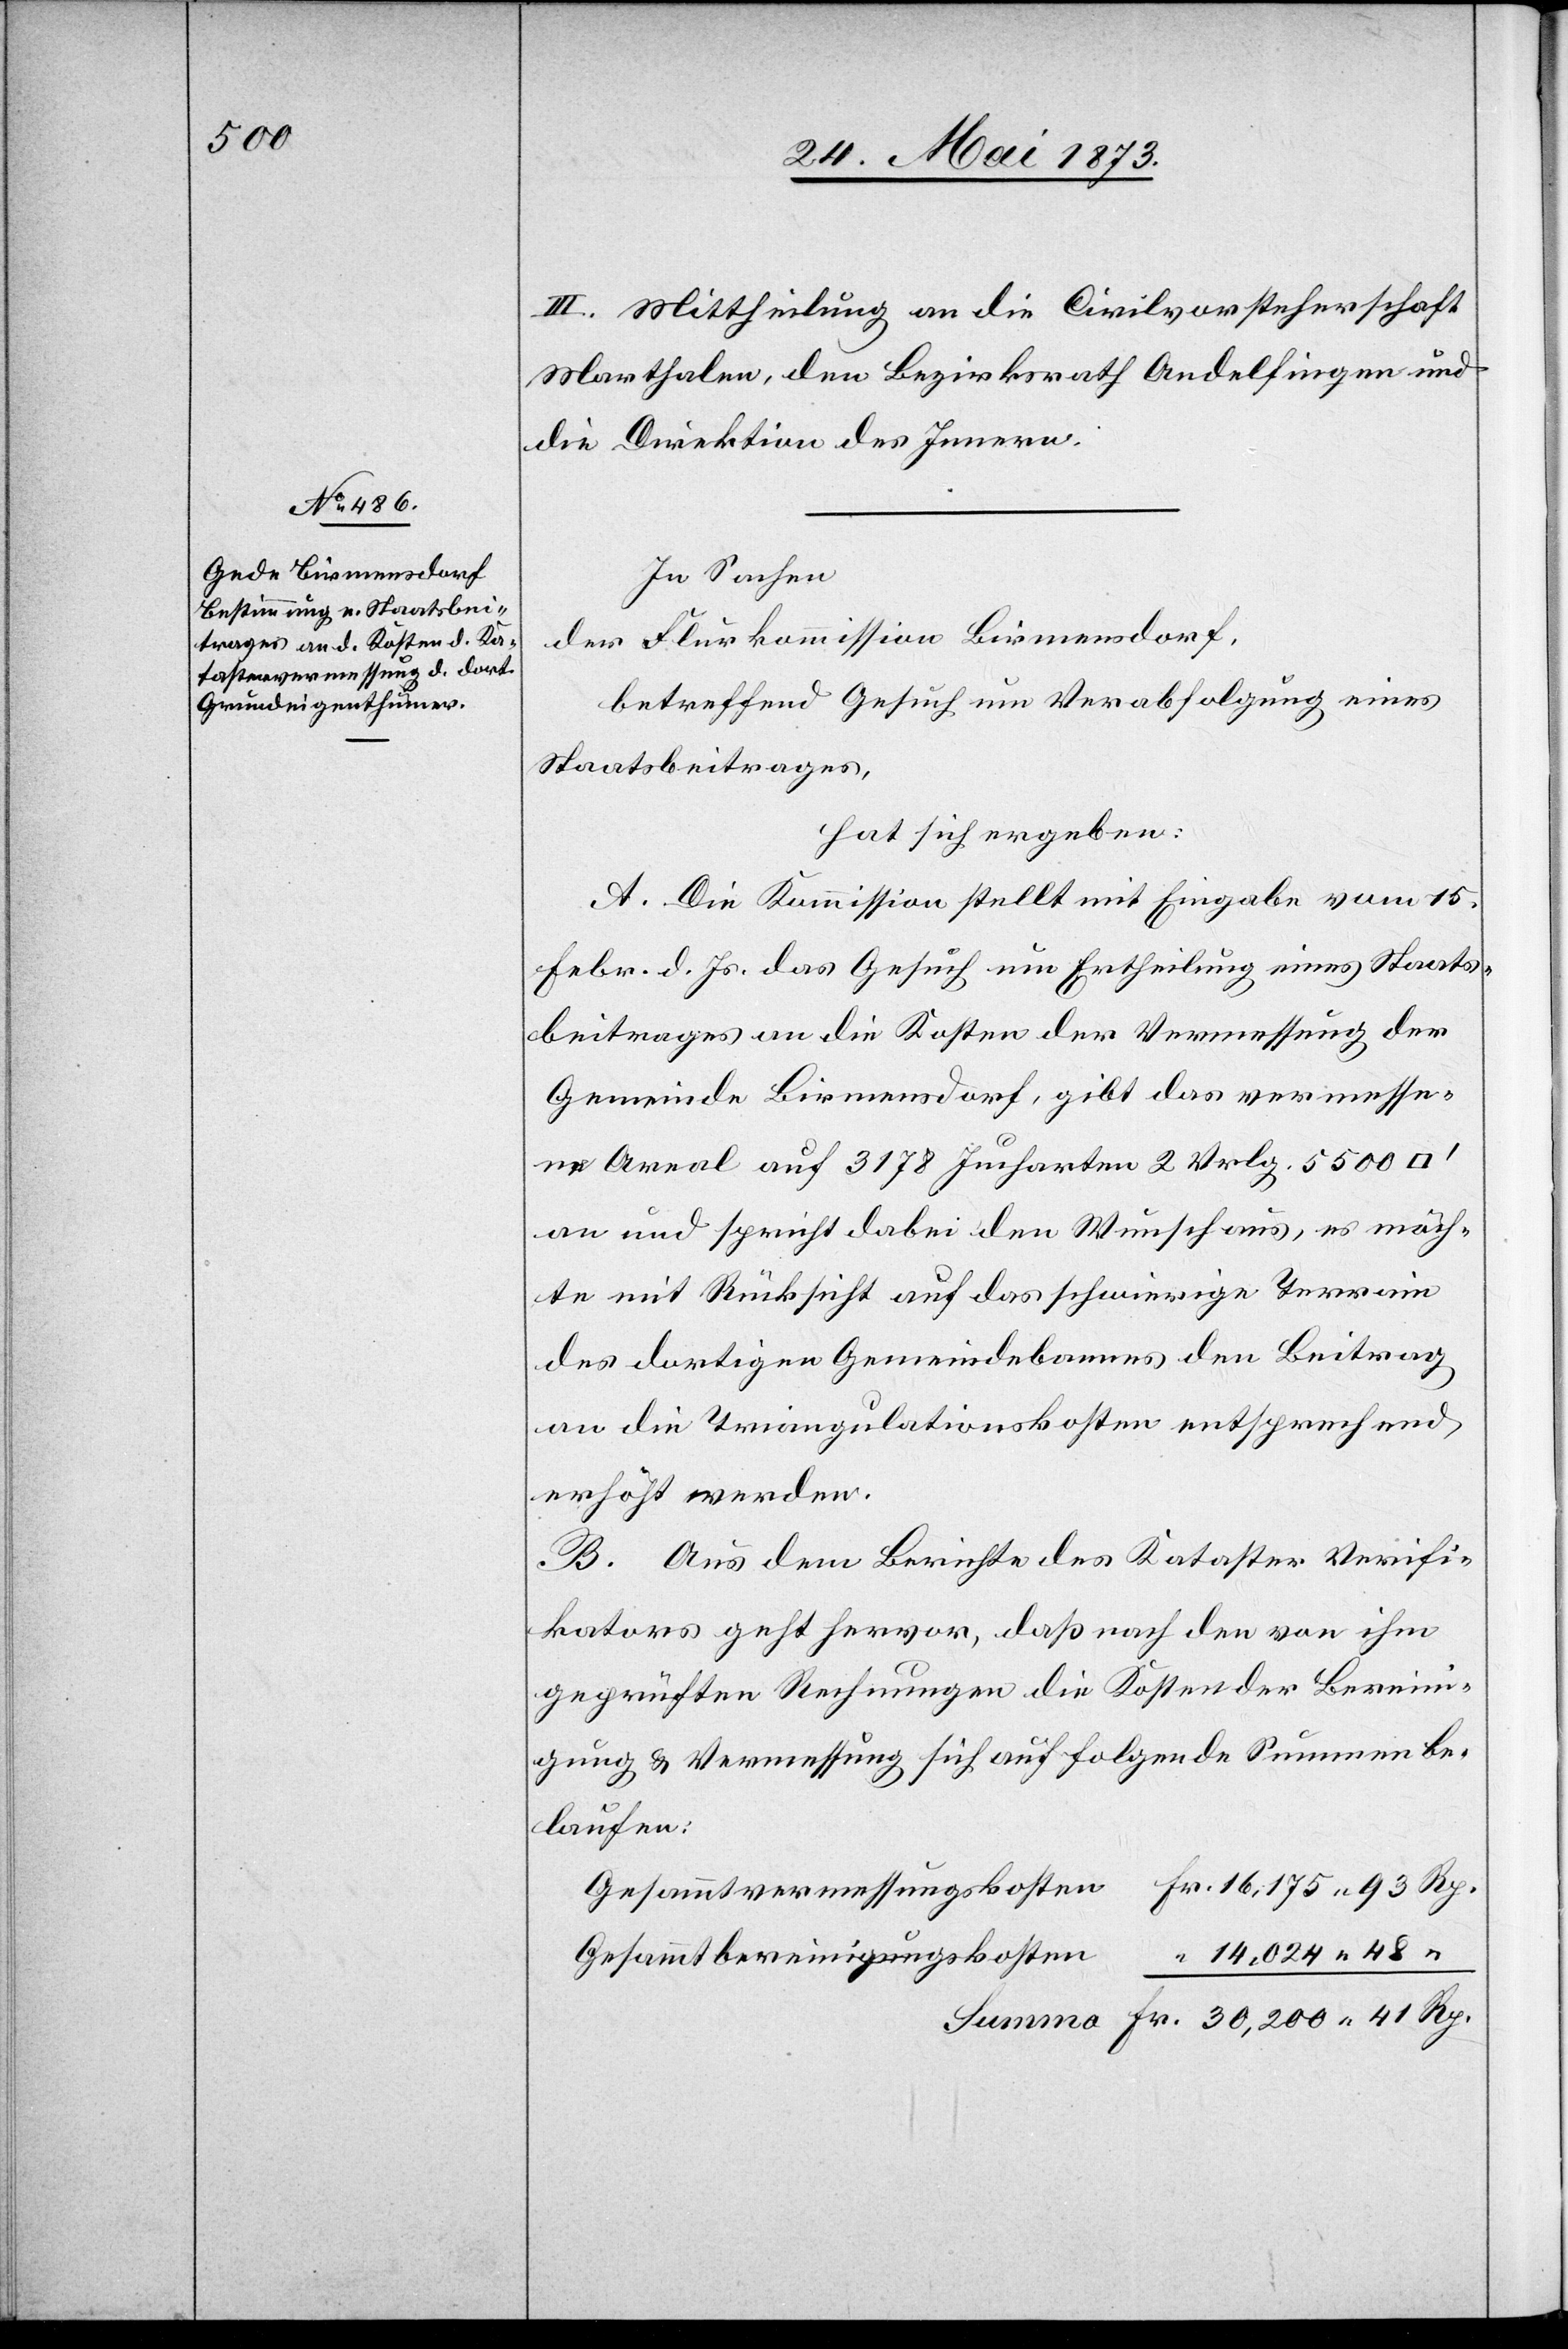
30,200

III. Mittheilung an die Civilvorsteherschaft
Marthalen, den Bezirksrath Andelfingen und
die Direktion des Innern.
In Sachen
der Flurkommission Birmensdorf,
betreffend Gesuch um Verabfolgung eines
Staatsbeitrages,
hat sich ergeben:
A. Die Kommission stellt mit Eingabe vom 15.
Febr. d. Js. das Gesuch um Ertheilung eines Staats¬
beitrages an die Kosten der Vermessung der
Gemeinde Birmensdorf, gibt das vermesse¬
ne Areal auf 3 178 Jucharten 2 Vrlg. 5 500
an und spricht dabei den Wunsch aus, es möch¬
te mit Rücksicht auf das schwierige Terrain
des dortigen Gemeindebannes den [sic!] Beitrag
an die Triangulationskosten entsprechend
erhöht werden.
B. Aus dem Berichte des Kataster Verifi¬
kators geht hervor, daß nach den von ihm
geprüften Rechnungen die Kosten der Bereini¬
gung & Vermessung sich auf folgende Summen be¬
laufen: